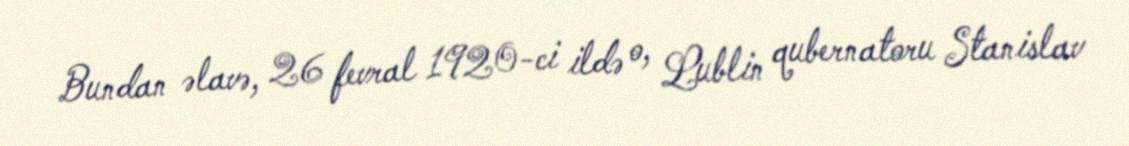
Bundan əlavə, 26 fevral 1920-ci ildə o, Lublin qubernatoru Stanislav